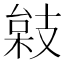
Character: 𢻙